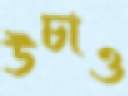
উচাও